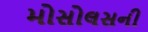
મોસોલસની